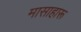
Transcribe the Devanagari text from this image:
मासाहारू